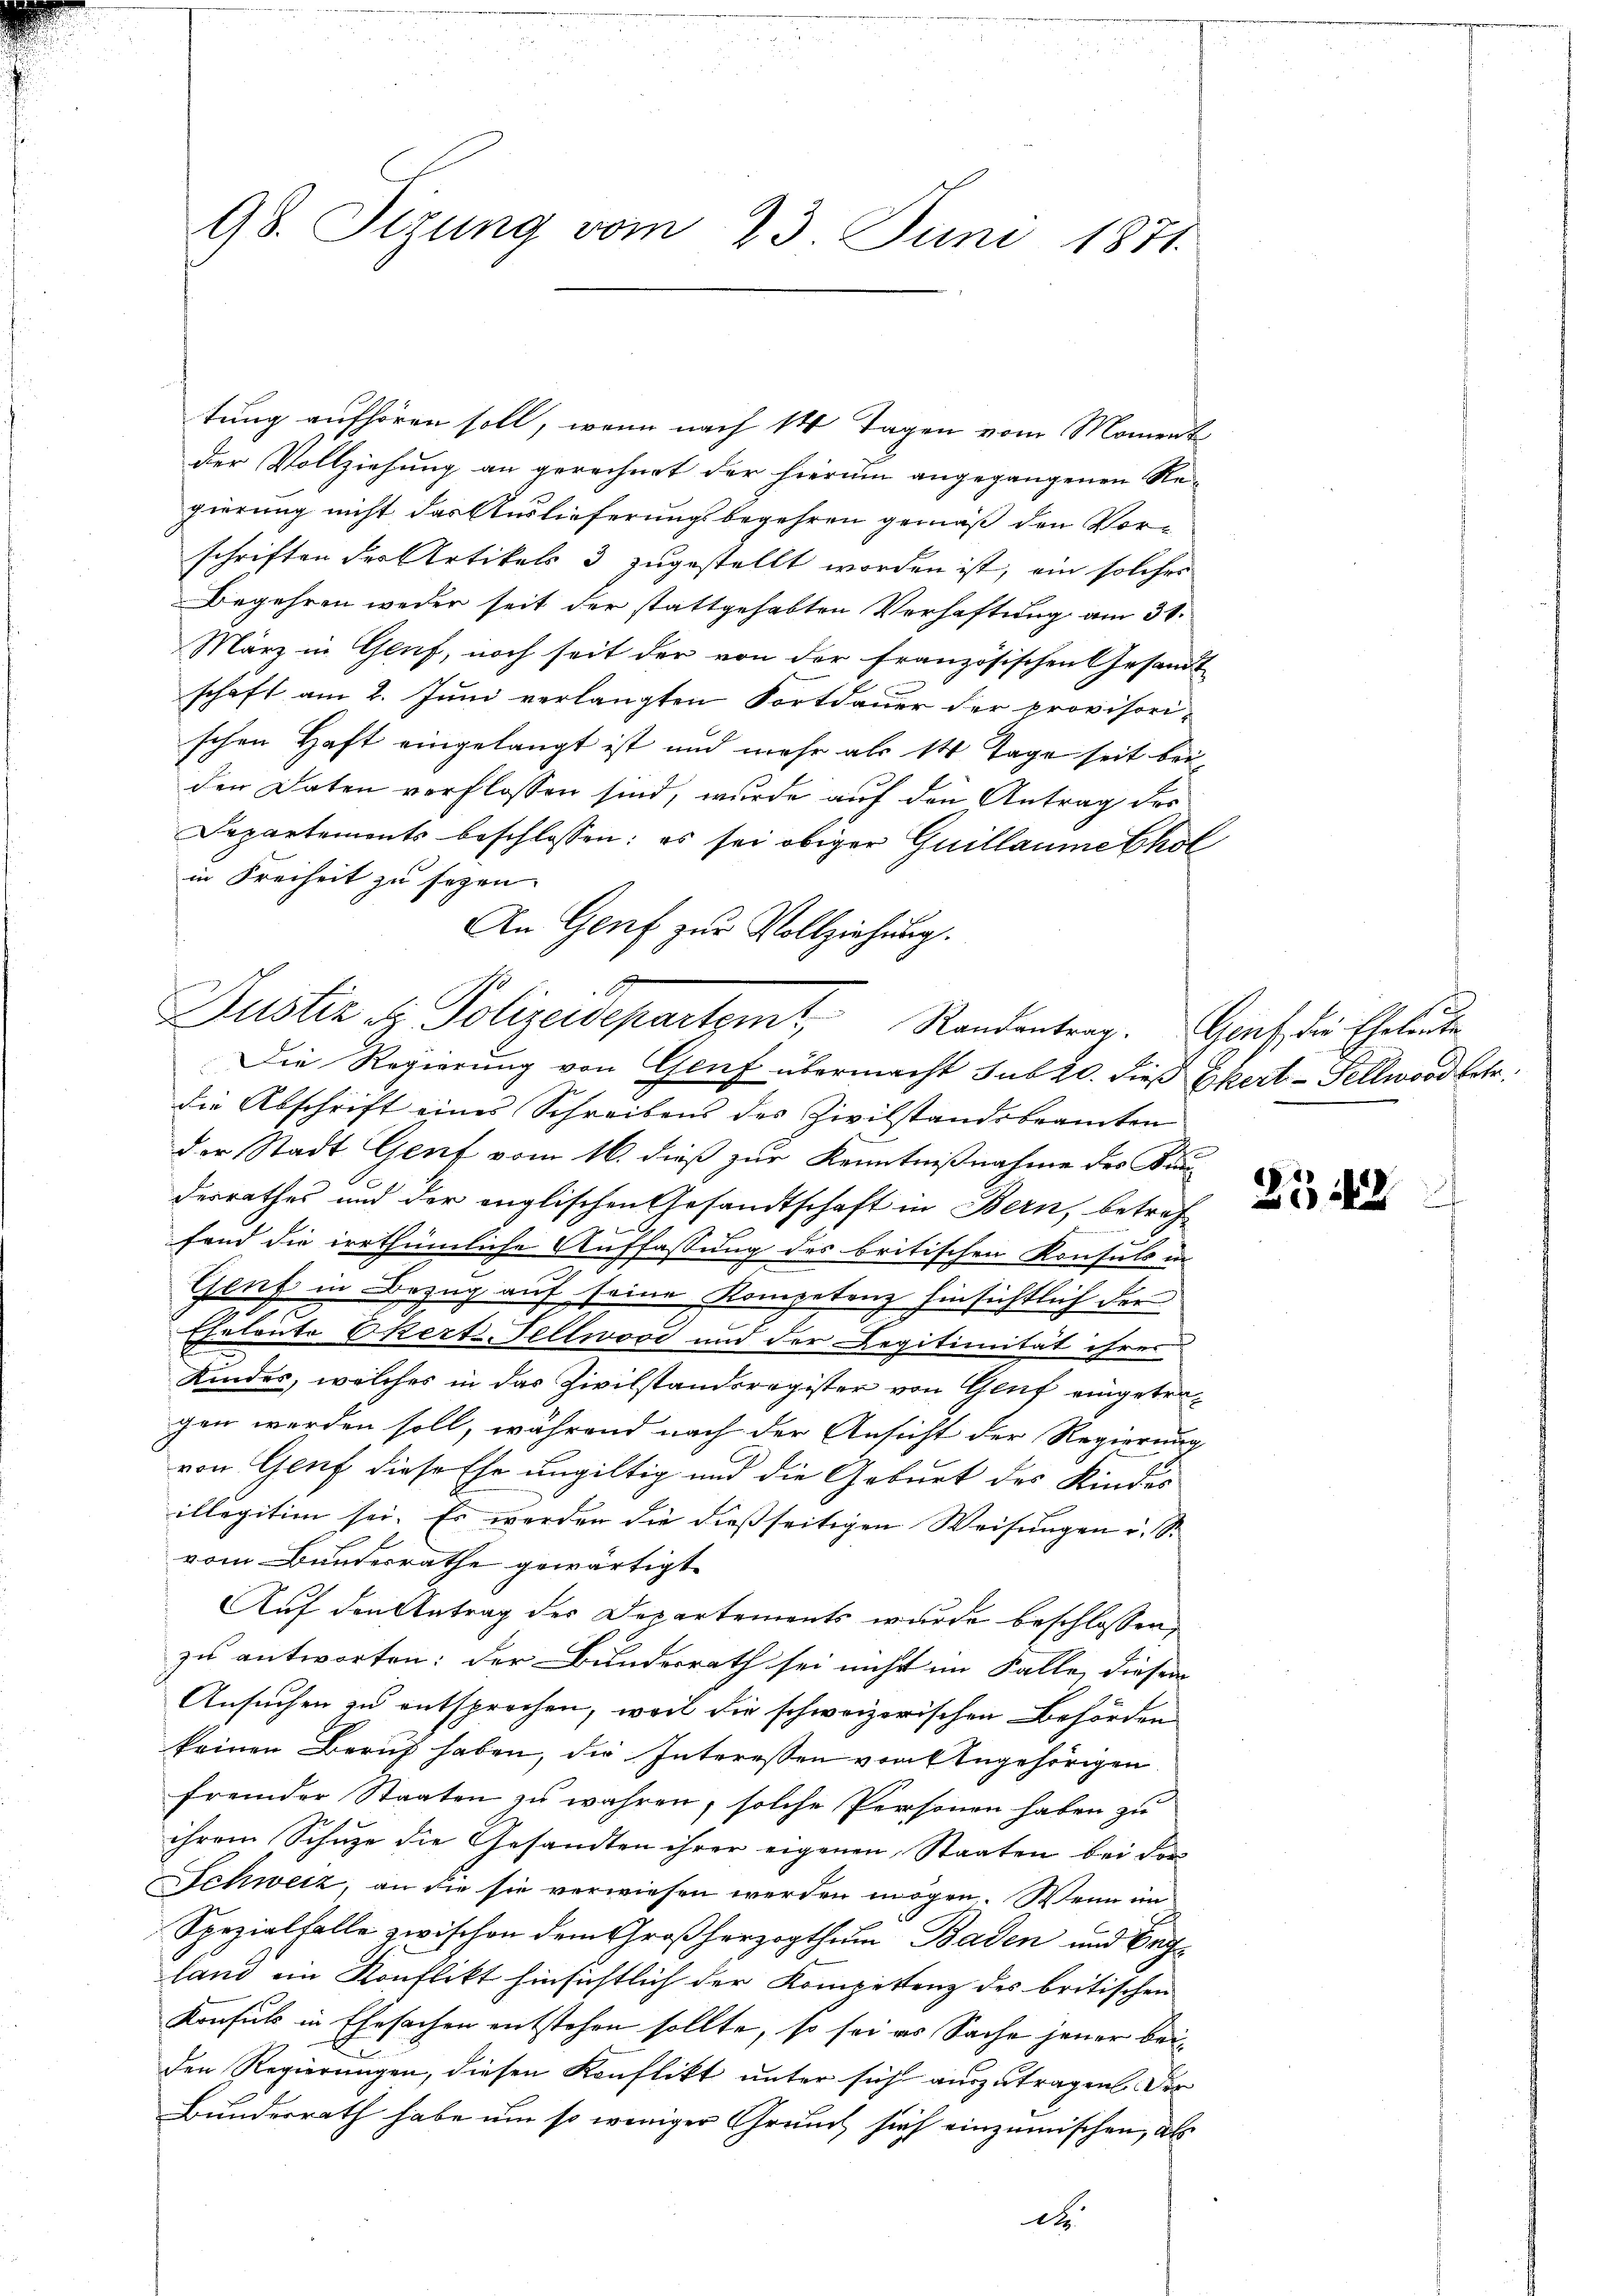
98. Sizung vom 23. Juni 1871.

tung aufhören soll, wenn nach 14 Tagen vom Moment
der Vollziehung an gerechnet der hierum angegangenen Regierung nicht das Auslieferungsbegehren gemäß den Vorschriften der Artikels 3 zugestellt worden ist, ein solches
Begehren weder seit der stattgehabten Verhaftung am 31.
März in Genf, noch seit der von der französischen Gesandt
schaft am 2. Juni verlangten Fortdauer der provisori-
schen Haft eingelangt ist und mehr als 14 Tage seit beiden Daten verflossen sind, wurde auf den Antrag des
Departements beschlossen: es sei obiger Guillaumethol
in Freiheit zu seyen.
An Genf zur Vollziehung.
Die Regierung von Genf übermacht sub 20. dieß Ekert - Sellwoodbetr.
die Abschrift eines Schreibens des Zivilstandsbeamten
der Stadt Genf vom 16. dieß zur Kenntnißnahme des Bran-
derrathes und der englischen Gesandtschaft in Bern, betref-
fand die irrthümliche Auffassung des britischen Konsuls in
Genf in Bezug auf seine Kompetenz hinsichtlich der
2
Eheleute Okert-Teltwood und der Legitimität ihrer
Kindes, welches in das Zivilstandsregister von Genf eingetragen werden soll, während nach der Ansicht der Regierung
von Genf diese Ehe ungiltig und die Geburt des Kindes
illégitien sei. Es werden die dießseitigen Weisungen u. S.
vom Bunderrathe gewärtigt
Auf den Antrag der Departements wurde beschlossen,
zu antworten: der Bundesrath sei nicht im Falle, diesen
Ansuchen zu entsprochen, weil die schweizerischen Behörden
keinen Beruf haben, die Interessen vom Angehörigen
fremder Staaten zu wahren, solche Personen haben zu
ihrem Schuze die Gesandten ihrer eigenen Staaten bei For¬
Schweiz, an die sie verwiesen werden mögen. Wenn im
Spezialfalle zwischen dem Großherzogthum Baden und Beland ein Konflikt hinsichtlich der Kompettenz des britischen
Konsuls in Ehesachen entstehen sollte, so sei es Sache jener beiden Regierungen, diesen Konflikt unter sich auszutragen. Der
Bundesrath habe um so weniger Grund sich einzumischen, als
d

Justiz et Polizeidepartamt Randentrag. Genf die Eheleute

2543